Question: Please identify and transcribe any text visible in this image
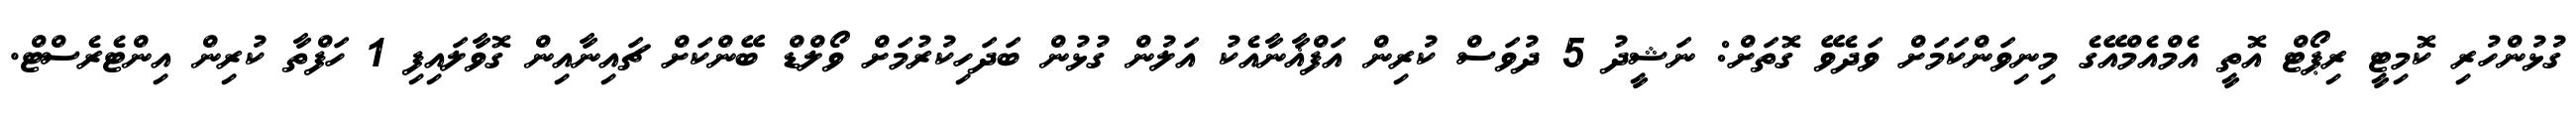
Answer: ގުޅުންހުރި ކޮމިޓީ ރިޕޯޓް އޮތީ އެމްއެމްއޭގެ މިނިވަންކަމަށް ވަދެވޭ ގޮތަށް: ނަޝީދު 5 ދުވަސް ކުރިން އަފްޣާނާއެކު އަލުން ގުޅުން ބަދަހިކުރުމަށް ވޯލްޑް ބޭންކަށް ޗައިނާއިން ގޮވާލައިފި 1 ހަފްތާ ކުރިން އިންޓެރެސްޓް.